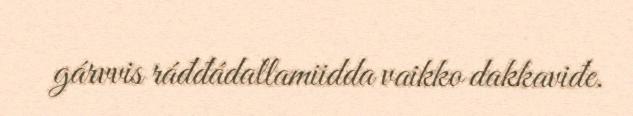
gárvvis ráđđádallamiidda vaikko dakkaviđe.